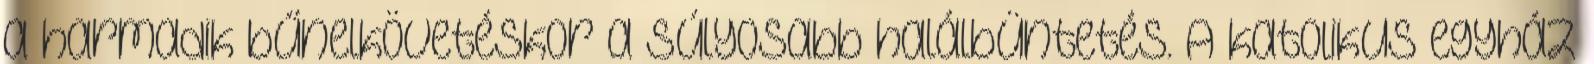
a harmadik bűnelkövetéskor a súlyosabb halálbüntetés. A katolikus egyház